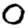
Digit: 0